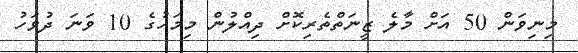
މިނިވަން 50 އަށް މާލެ ޒީނަތްތެރިކޮށް ދިއްލުން މިމަހުގެ 10 ވަނަ ދުވަހު